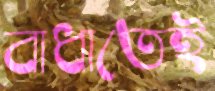
বাধাতেই